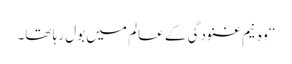
‘‘ وہ نیم غنودگی کے عالم میں بول رہا تھا۔